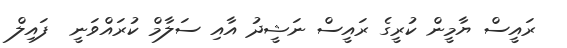
ރައީސް ޔާމީން ކުރީގެ ރައީސް ނަޝީދު އާއި ސަލާމް ކުރައްވަނީ  ފައިލް